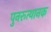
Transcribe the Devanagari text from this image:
पुनरूत्थानक